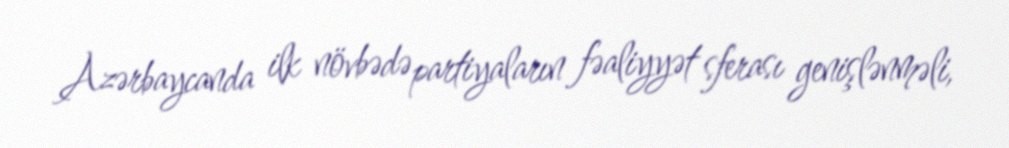
Azərbaycanda ilk növbədə partiyaların fəaliyyət sferası genişlənməli,